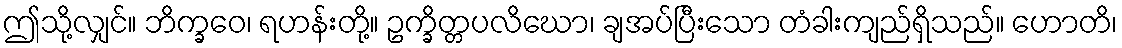
ဤသို့လျှင်။ ဘိက္ခဝေ၊ ရဟန်းတို့။ ဥက္ခိတ္တပလိဃော၊ ချအပ်ပြီးသော တံခါးကျည်ရှိသည်။ ဟောတိ၊